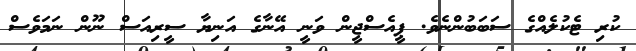
ކުރި ޓެކުލެއްގެ ސަބަބުންނެވެ. ޕީއެސްޖީން ވަނީ އޭނާގެ އަނިޔާ ސީރިއަސް ނޫން ނަމަވެސް